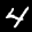
Label: 4